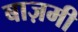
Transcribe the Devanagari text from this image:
बाज़मी